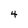
Character: 4